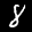
Label: 8